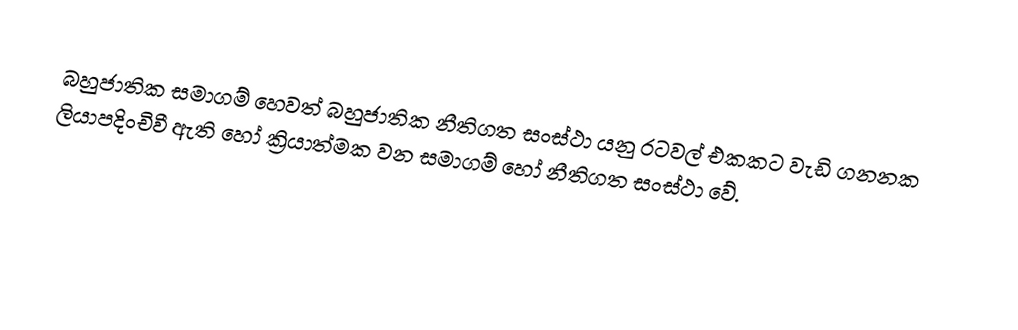
බහුජාතික සමාගම් හෙවත් බහුජාතික නීතිගත සංස්ථා යනු රටවල් එකකට වැඩි ගනනක ලියාපදිංචිවී ඇති හෝ ක්‍රියාත්මක වන සමාගම් හෝ නීතිගත සංස්ථා වේ.